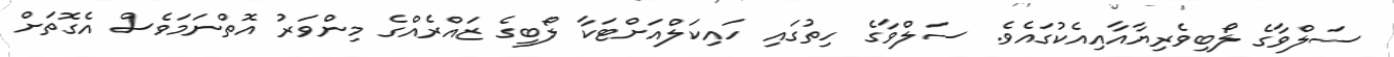
ސަލްވާގެ ލޯބިވެރިޔާއާއިއެކުގައެވެ. ސަލްވާގެ ހިތުގައި ހައިކަލްއަށްޓަކާ ލޯބީގެ ޒައްރެއްގެ މިންވަރު އޮތްނަމަވެސް އެގޮތަށް